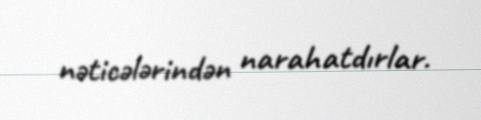
nəticələrindən narahatdırlar.